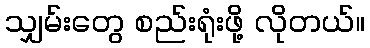
သျှမ်းတွေ စည်းရုံးဖို့ လိုတယ်။